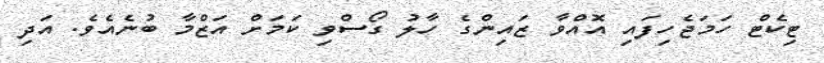
ޓިކެޓް ހަމަޖެހިފައި އޮއްވާ ޒައިންގެ ހާލު ގޯސްވި ކަމަށް އަޒްމާ ބުނެއެވެ. އަދި